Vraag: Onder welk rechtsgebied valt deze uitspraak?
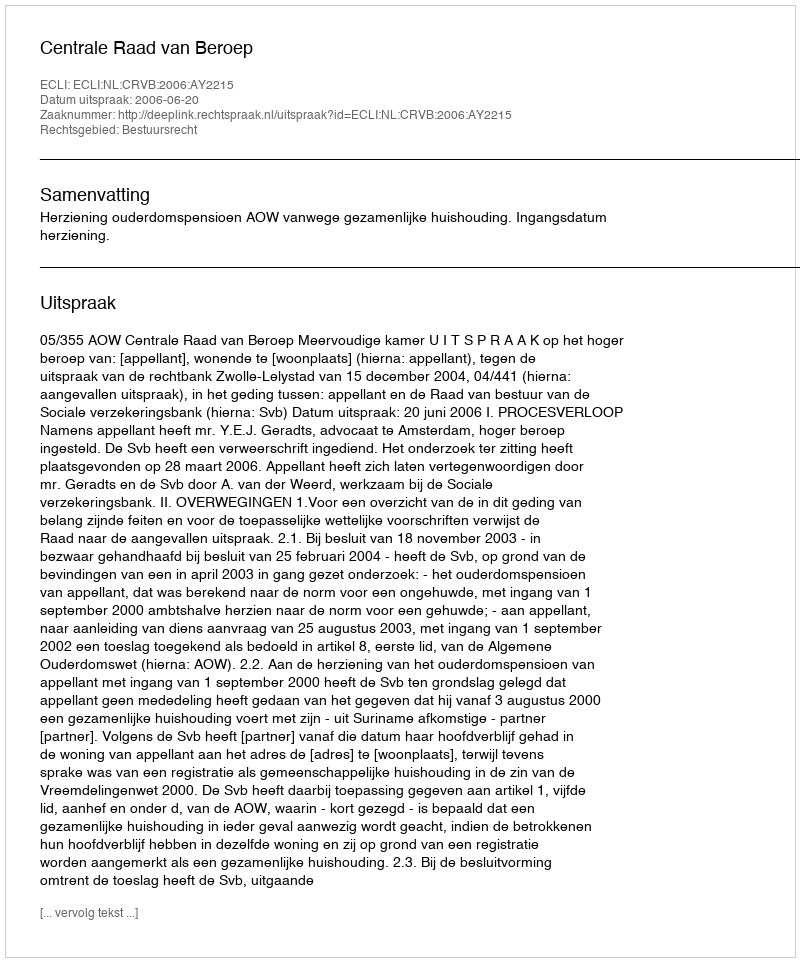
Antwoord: Bestuursrecht